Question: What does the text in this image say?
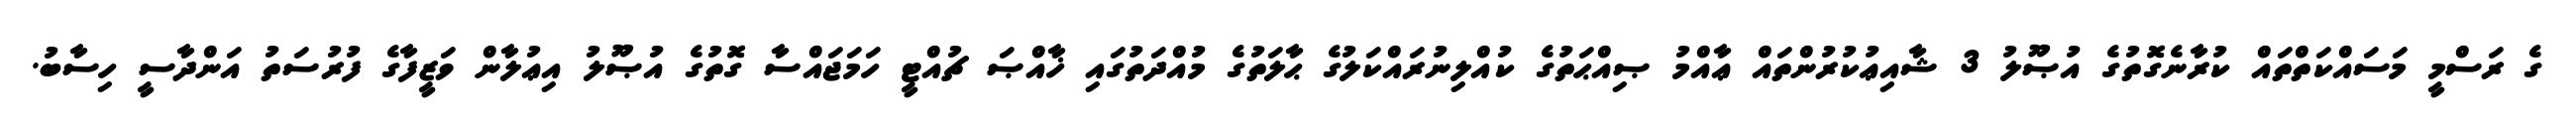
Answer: ގެ ރަސްމީ މަސައްކަތްތައް ކުރާނެގޮތުގެ އުޞޫލު 3 ޝާއިޢުކުރުންތައް ޢާއްމު ޞިއްޙަތުގެ ކުއްލިނުރައްކަލުގެ ޙާލަތުގެ މުއްދަތުގައި ޚާއްޞަ ޗުއްޓީ ހަމަޖައްސާ ގޮތުގެ އުޞޫލު އިޢުލާން ވަޒީފާގެ ފުރުސަތު އަންދާސީ ހިސާބު.